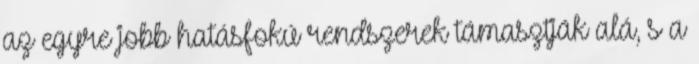
az egyre jobb hatásfokú rendszerek támasztják alá, s a